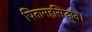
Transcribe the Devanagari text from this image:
पितामहसिद्धांत।